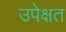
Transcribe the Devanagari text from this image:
उपेक्षत